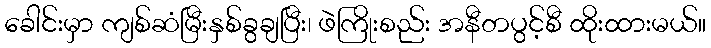
ခေါင်းမှာ ကျစ်ဆံမြီးနှစ်ခွချပြီး၊ ဖဲကြိုးစည်း အနီတပွင့်စီ ထိုးထားမယ်။